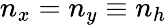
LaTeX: n_{x}=n_{y}\equiv n_{h}